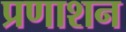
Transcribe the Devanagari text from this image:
प्रणाशन